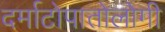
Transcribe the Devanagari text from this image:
दर्माटोपातोलोगी